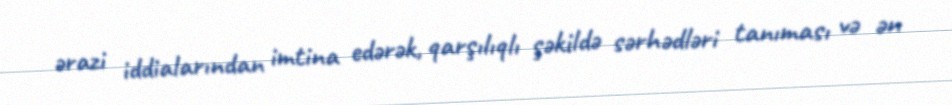
ərazi iddialarından imtina edərək, qarşılıqlı şəkildə sərhədləri tanıması və ən